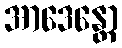
အာဒေန္တော